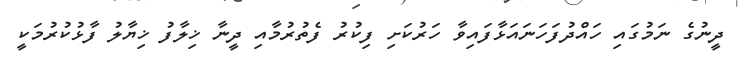
ދީނުގެ ނަމުގައި ހައްދުފަހަނައަޅާފައިވާ ހަރުކަށި ފިކުރު ފެތުރުމާއި ދީނާ ޚިލާފު ޚިޔާލު ފާޅުކުރުމަކީ